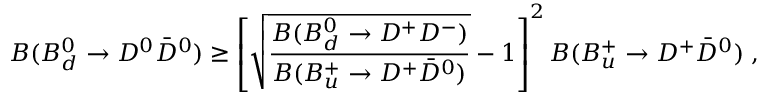
{ \cal B } ( B _ { d } ^ { 0 } \rightarrow D ^ { 0 } \bar { D } ^ { 0 } ) \geq \left[ \sqrt { \frac { { \cal B } ( B _ { d } ^ { 0 } \rightarrow D ^ { + } D ^ { - } ) } { { \cal B } ( B _ { u } ^ { + } \rightarrow D ^ { + } \bar { D } ^ { 0 } ) } } - 1 \right] ^ { 2 } { \cal B } ( B _ { u } ^ { + } \rightarrow D ^ { + } \bar { D } ^ { 0 } ) \; ,